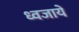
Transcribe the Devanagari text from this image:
ध्वजायें